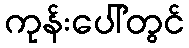
ကုန်းပေါ်တွင်